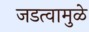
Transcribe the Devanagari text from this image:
जडत्वामुळे